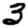
Digit: 3